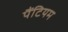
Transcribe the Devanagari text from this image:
पैंटियम